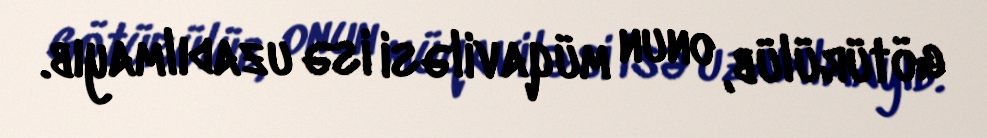
götürülüb, onun müqaviləsi isə uzadılmayıb.